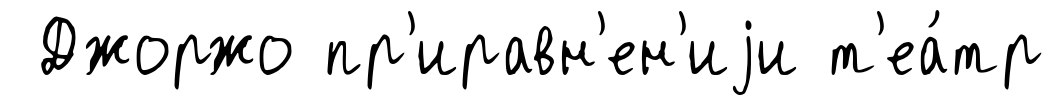
Джоржо пр'иравн'ен'иjи т'еа́тр